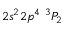
{ 2 s ^ { 2 } 2 p ^ { 4 } ~ ^ { 3 } P _ { 2 } }